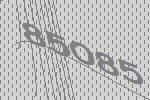
85085